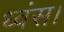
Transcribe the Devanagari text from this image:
ध्वंस।